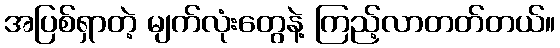
အပြစ်ရှာတဲ့ မျက်လုံးတွေနဲ့ ကြည့်လာတတ်တယ်။